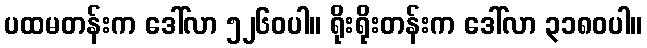
ပထမတန်းက ဒေါ်လာ ၅၂၆၀ပါ။ ရိုးရိုးတန်းက ဒေါ်လာ ၃၁၈၀ပါ။